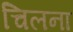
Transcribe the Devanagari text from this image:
चिलना